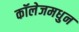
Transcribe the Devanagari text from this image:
कॉलेजमधुन